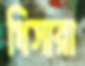
থিসারা